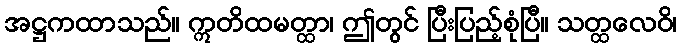
အဋ္ဌကထာသည်။ ဣတိထမတ္ထာ၊ ဤတွင် ပြီးပြည့်စုံပြီ။ သတ္ထလေဝိ၊